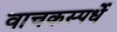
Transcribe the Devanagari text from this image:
वाचकस्पर्धे